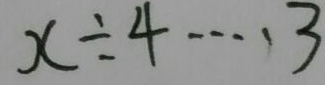
x \div 4 \cdots 3